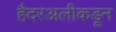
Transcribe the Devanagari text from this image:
हैदरअलीकडून